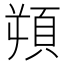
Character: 𩑿